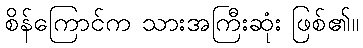
စိန်ကြောင်က သားအကြီးဆုံး ဖြစ်၏။